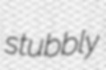
stubbly